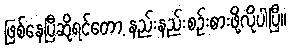
ဖြစ်နေပြီဆိုရင်တော့ နည်းနည်းစဉ်းစားဖို့လိုပါပြီ။